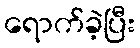
ရောက်ခဲ့ပြီး